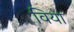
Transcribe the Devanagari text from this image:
विया